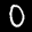
Label: 0